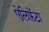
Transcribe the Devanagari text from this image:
ऐलिफ़ेंटा